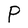
Character: P